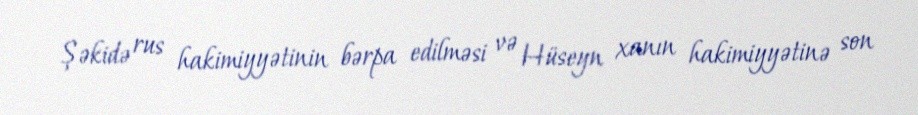
Şəkidə rus hakimiyyətinin bərpa edilməsi və Hüseyn xanın hakimiyyətinə son